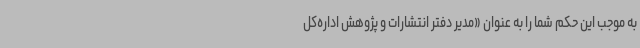
به موجب این حکم شما را به عنوان «مدیر دفتر انتشارات و پژوهش اداره‌کل